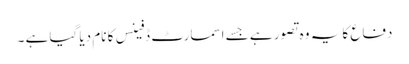
دفاع کا یہ وہ تصور ہے جسے اسمارٹ ڈفینس کا نام دیا گیا ہے ۔